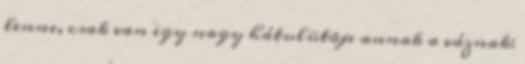
lenne, csak van egy nagy hátulütõje annak a váznak: